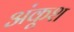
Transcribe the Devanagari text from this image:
अंकूश